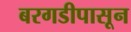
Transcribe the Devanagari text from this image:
बरगडीपासून